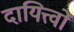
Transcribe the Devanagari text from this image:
दायित्त्वों